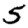
Digit: 5